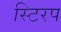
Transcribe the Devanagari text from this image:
स्टिरप